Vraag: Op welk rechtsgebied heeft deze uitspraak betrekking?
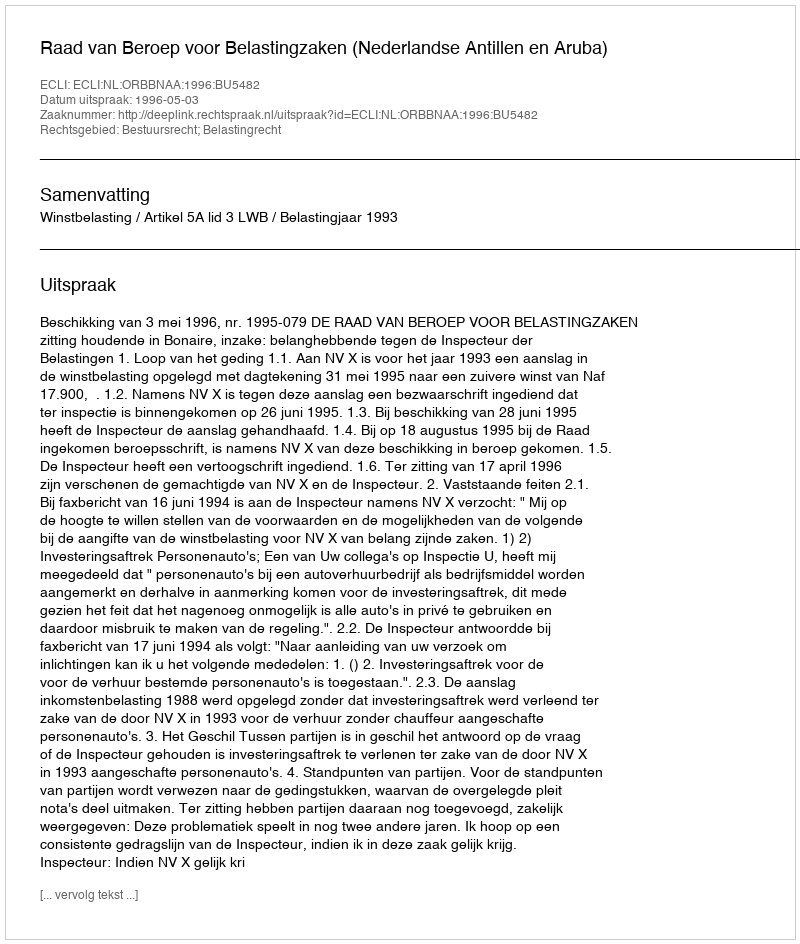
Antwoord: Bestuursrecht; Belastingrecht